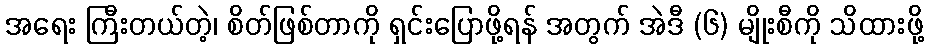
အရေး ကြီးတယ်တဲ့၊ စိတ်ဖြစ်တာကို ရှင်းပြောဖို့ရန် အတွက် အဲဒီ (၆) မျိုးစီကို သိထားဖို့